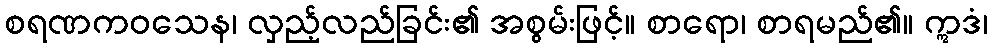
စရဏကဝသေန၊ လှည့်လည်ခြင်း၏ အစွမ်းဖြင့်။ စာရော၊ စာရမည်၏။ ဣဒံ၊